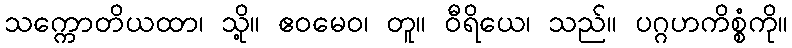
သက္ကောတိယထာ၊ သို့။ ဧဝမေဝ၊ တူ။ ဝီရိယေ၊ သည်။ ပဂ္ဂဟကိစ္စံကို။